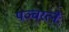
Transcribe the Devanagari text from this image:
पञ्चरत्नैः